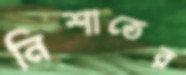
নিশাতের